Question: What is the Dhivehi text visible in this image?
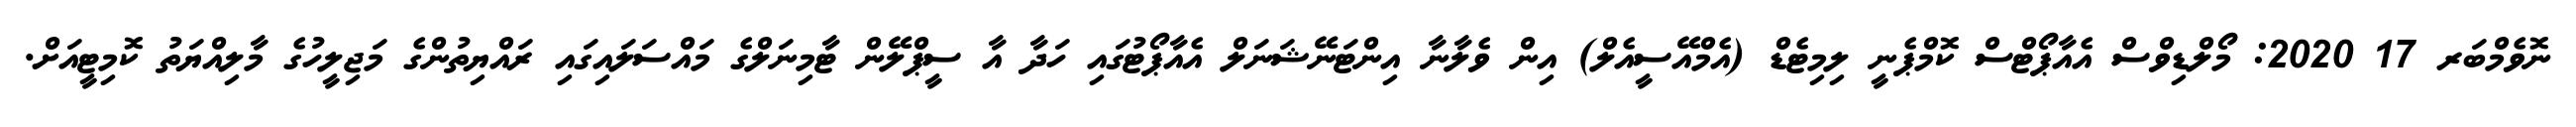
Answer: ނޮވެމްބަރ 17 2020: މޯލްޑިވްސް އެއާޕޯޓްސް ކޮމްޕެނީ ލިމިޓެޑް (އެމްއޭސީއެލް) އިން ވެލާނާ އިންޓަނޭޝަނަލް އެއާޕޯޓުގައި ހަދާ އާ ސީޕްލޭން ޓާމިނަލްގެ މައްސަލައިގައި ރައްޔިތުންގެ މަޖިލީހުގެ މާލިއްޔަތު ކޮމިޓީއަށް.